Report of the Imperial Institute of Veterinary Research, Muktesar
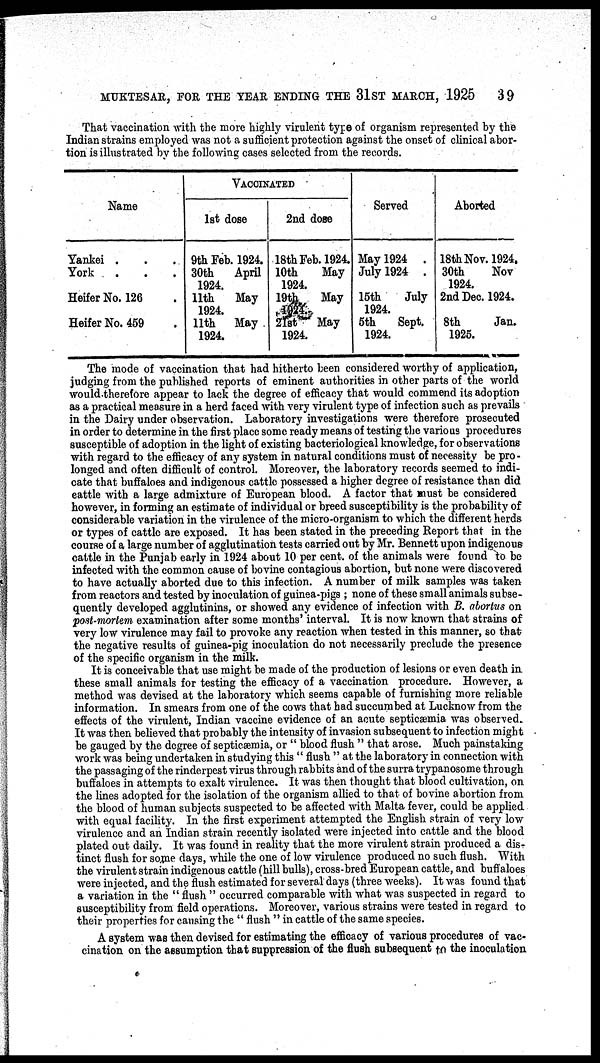
MUKTESAR, FOR THE YEAR ENDING THE 31ST MARCH, 1925
39
That vaccination with the more highly virulent type of organism represented by the
Indian strains employed was not a sufficient protection against the onset of clinical abor-
tion is illustrated by the following cases selected from the records.
Name
Yankei .
York
.
Heifer No. 126
Heifer No. 459
VACCINATED
1st dose
9th Feb. 1924.
30th
April
1924.
11th
May
1924.
11th
May
1924.
2nd dose
18th Feb. 1924.
10th
May
1924.
19th
May
1924
21st
May
1924.
Served
May 1924 .
July 1924 .
15th
July
1924.
5th
Sept.
1924.
Aborted
18th Nov. 1924.
30th
Nov
1924.
2nd Dec. 1924.
8th
Jan.
1925.
The mode of vaccination that had hitherto been considered worthy of application,
judging from the published reports of eminent authorities in other parts of the world
would therefore appear to lack the degree of efficacy that would commend its adoption
as a practical measure in a herd faced with very virulent type of infection such as prevails
in the Dairy under observation. Laboratory investigations were therefore prosecuted
in order to determine in the first place some ready means of testing the various procedures
susceptible of adoption in the light of existing bacteriological knowledge, for observations
with regard to the efficacy of any system in natural conditions must of necessity be pro -
longed and often difficult of control. Moreover, the laboratory records seemed to indi-
cate that buffaloes and indigenous cattle possessed a higher degree of resistance than did
cattle with a large admixture of European blood. A factor that must be considered
however, in forming an estimate of individual or breed susceptibility is the probability of
considerable variation in the virulence of the micro-organism to which the different herds
or types of cattle are exposed. It has been stated in the preceding Report that in the
course of a large number of agglutination tests carried out by Mr. Bennett upon indigenous
cattle in the Punjab early in 1924 about 10 per cent. of the animals were found to be
infected with the common cause of bovine contagious abortion, but none were discovered
to have actually aborted due to this infection. A number of milk samples was taken
from reactors and tested by inoculation of guinea-pigs ; none of these small animals subse-
quently developed agglutinins, or showed any evidence of infection with B. abortus on
post-mortem examination after some months' interval. It is now known that strains of
very low virulence may fail to provoke any reaction when tested in this manner, so that
the negative results of guinea-pig inoculation do not necessarily preclude the presence
of the specific organism in the milk.
It is conceivable that use might be made of the production of lesions or even death in
these small animals for testing the efficacy of a vaccination procedure. However, a
method was devised at the laboratory which seems capable of furnishing more reliable
information. In smears from one of the cows that had succumbed at Lucknow from the
effects of the virulent, Indian vaccine evidence of an acute septicæmia was observed.
It was then believed that probably the intensity of invasion subsequent to infection might
be gauged by the degree of septicæmia, or " blood flush " that arose. Much painstaking
work was being undertaken in studying this " flush " at the laboratory in connection with
the passaging of the rinderpest virus through rabbits and of the surra trypanosome through
buffaloes in attempts to exalt virulence. It was then thought that blood cultivation, on
the lines adopted for the isolation of the organism allied to that of bovine abortion from
the blood of human subjects suspected to be affected with Malta fever, could be applied
with equal facility. In the first experiment attempted the English strain of very low
virulence and an Indian strain recently isolated were injected into cattle and the blood
plated out daily. It was found in reality that the more virulent strain produced a dis¬
tinct flush for some days, while the one of low virulence produced no such flush. With
the virulent strain indigenous cattle (hill bulls), cross-bred European cattle, and buffaloes
were injected, and the flush estimated for several days (three weeks). It was found that
a variation in the " flush " occurred comparable with what was suspected in regard to
susceptibility from field operations. Moreover, various strains were tested in regard to
their properties for causing the " flush " in cattle of the same species.
A system was then devised for estimating the efficacy of various procedures of vac-
cination on the assumption that suppression of the flush subsequent to the inoculation